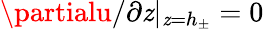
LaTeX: \partialu/\partial\mathit{z}|_{\mathit{z}=h_{\pm}}=0